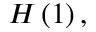
H \left( 1 \right) ,